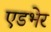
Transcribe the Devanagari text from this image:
एडभेर